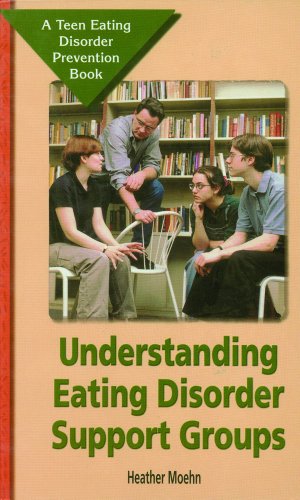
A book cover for Understanding Eating Disorder Support Groups: A Teen Eating Disorder Prevention Book; Heather Moehn; Teen & Young Adult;